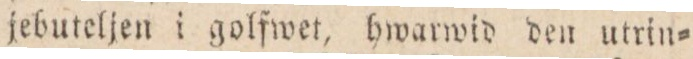
jebuteljen i golfwet, hwarwid den utrin=